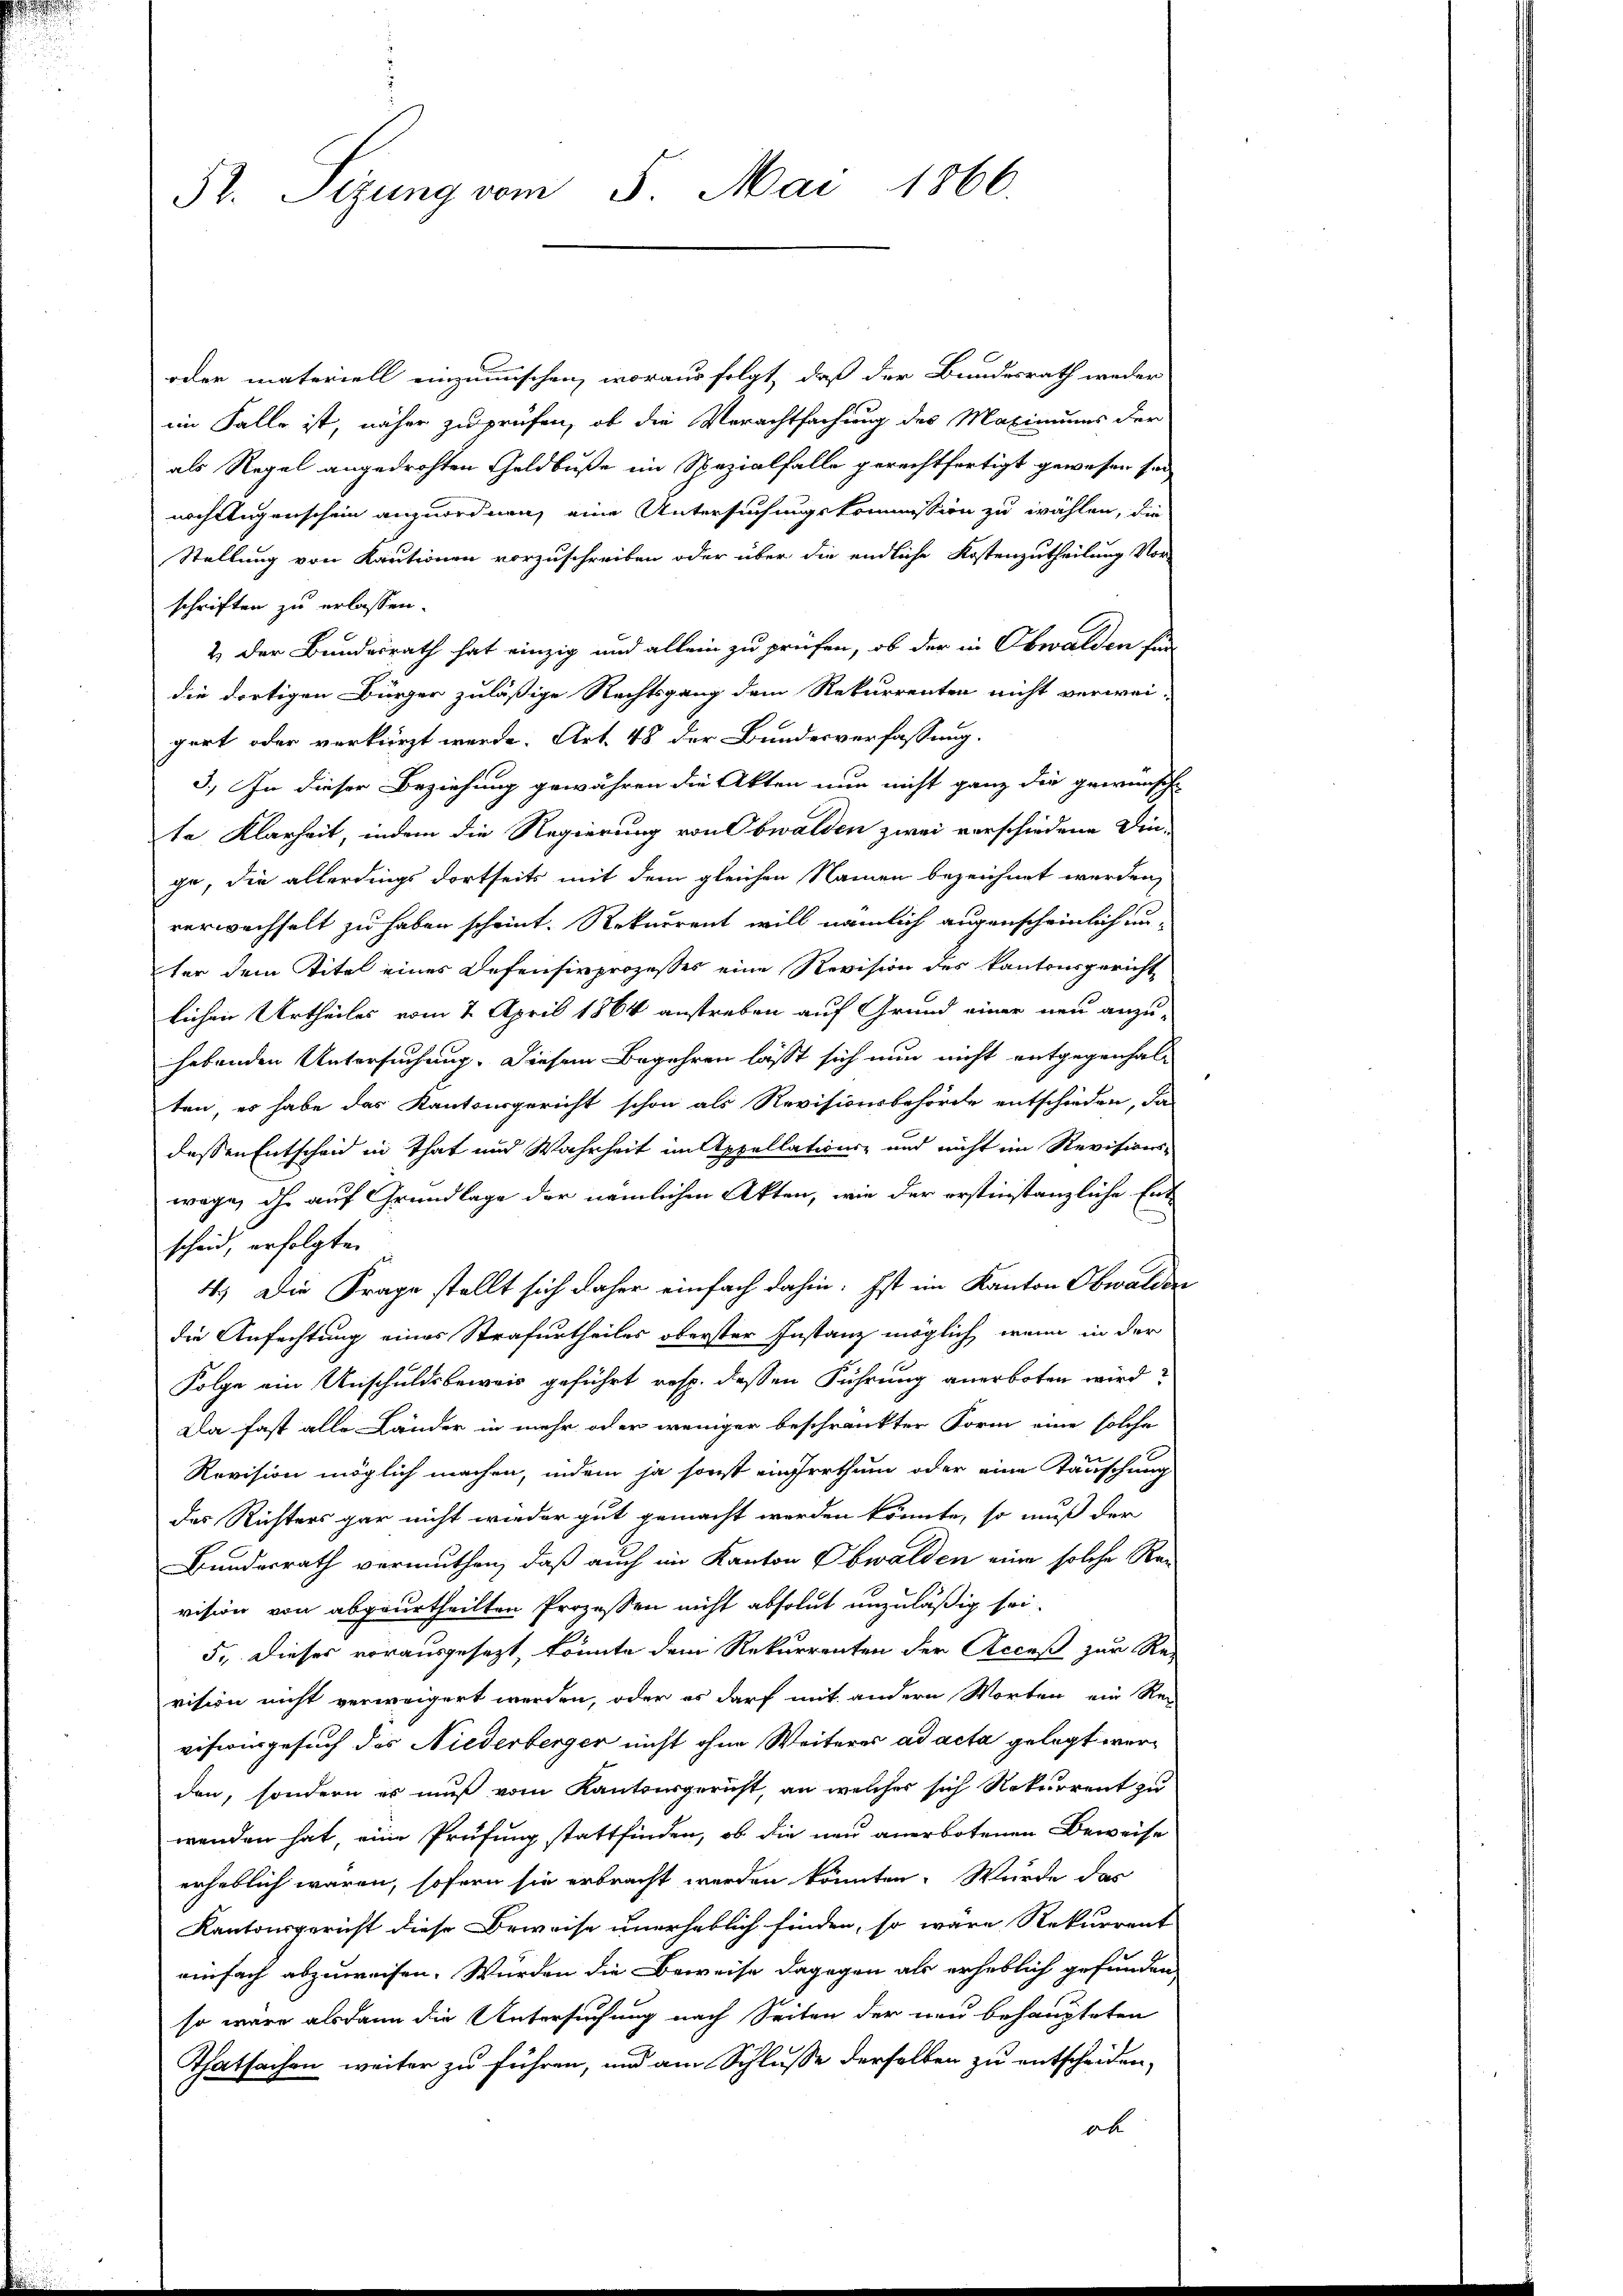
oder materiell einzumischen, woraus folgt, daß der Bundesrath weder
im Falle ist, näher zu prüfen, ob die Verachtfachung des Maximums der
als Regel angedrohten Geldbuße im Spezialfalle gerechtfertigt gewesen sei
nach Augenschein anzuordnen, eine Untersuchungskommission zu wählen, die
Stellung von Kautionen vorzuschreiben oder über die endliche Kostenzutheilung Vor-
schriften zu erlassen.
2 der Bundesrath hat einzig und allein zu prüfen, ob der in Obwalden für
die dortigen Bürger zuläßige Rechtsgang dem Rekurrenten nicht verwei-
gert oder verkürzt werde. Art. 48 der Bundesverfassung.
3.) In dieser Beziehung gewähren die Akten nun nicht ganz die gewünsche
te Klarheit, indem die Regierung von Obwalden zwei verschiedene Din-
ge, die allerdings dortseits mit dem gleichen Namen bezeichnet werden,
verwechselt zu haben scheint. Rekurrent will nämlich augenscheinlich un-
ter dem Titel eines Defensivprozesses eine Revision des Kantonsgericht
lichen Urtheiles vom 2. April 1864 anstreben auf Grund einer neu anzu-
hebenden Untersuchung. Diesem Begehren lässt sich nun nicht entgegenhalten, es habe das Kantonsgericht schon als Revisionsbehörde entschieden, da
dessen Entscheid in That und Wahrheit im Appellations- und nicht ein Revisions-
wage, ihr auf Grundlage der nämlichen Akten, wie der erstinstanzliche Entscheid, erfolgte
4.) Die Frage stellt sich daher einfach dahin. Ist im Kanton Obwalden
die Anfachtung eines Strafurtheiles oberster Instanz möglich, wenn in der
Folge ein Unschuldsbeweis geführt resp. dessen Führung anerboten wird?
Da fast alle Länder in mehr oder weniger beschränkter Form eine solche
Revision möglich machen, indem ja sonst einerthum oder eine Tauschung
des Richters gar nicht wieder gut gemacht worden könnte, so muß der
Bundesrath vermuthen, daß auch im Kanton Obwalden eine solche Rei
vision von abgeurtheilten Prozessen nicht absolut unzuläßig sei.
5. Dieses vorausgesezt, könnte dem Rekurrenten der Acceß zur Re-
vision nicht verweigert werden, oder es darf mit andern Worten ein Re-
visionsgesuch des Niederberger nicht ohne Weiteres ad acta gelegt werden, sondern es muß vom Kantonsgericht, an welches sich Rekurrent zu
wenden hat, eine Prüfung stattfinden, ob die neu anerbotenen Beweise
erheblich waren, sofern sie erbracht werden könnten. Wurde das
Kantonsgericht diese Beweise unerheblich finden, so wäre Rekurrent
einfach abzuweisen. Würden die Beweise dagegen als erheblich gefunden
so wäre alsdann die Untersuchung nach Seiten der neu behaupteten
Thatsachen weiter zu führen, und am Schlusse derselben zu entscheiden,
ob

5t. Sizung vom 5. Mai 1866.